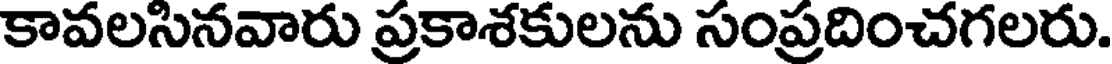
కావలసినవారు ప్రకాశకులను సంప్రదించగలరు.